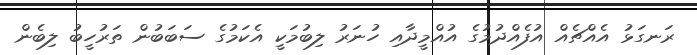
ރަނގަޅު އެއްޗެއް އުފެއްދުމުގެ އުއްމީދާއި ހުނަރު ލިބުމަކީ އެކަމުގެ ސަބަބުން ތަރުހީބު ލިބެން